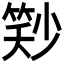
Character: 𬕓